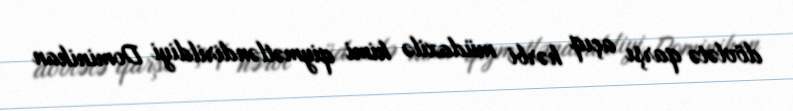
dövlətə qarşı açıq hərbi müdaxilə kimi qiymətləndirildiyi Dominikan